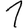
Digit: 1